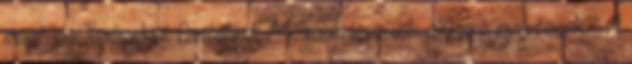
most jogi lépéseket fontolgat. Mégsem leszünk akkora nyertesek? A